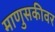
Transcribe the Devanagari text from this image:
माणुसकीवर